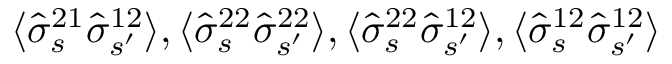
\langle \hat { \sigma } _ { s } ^ { 2 1 } \hat { \sigma } _ { s ^ { \prime } } ^ { 1 2 } \rangle , \langle \hat { \sigma } _ { s } ^ { 2 2 } \hat { \sigma } _ { s ^ { \prime } } ^ { 2 2 } \rangle , \langle \hat { \sigma } _ { s } ^ { 2 2 } \hat { \sigma } _ { s ^ { \prime } } ^ { 1 2 } \rangle , \langle \hat { \sigma } _ { s } ^ { 1 2 } \hat { \sigma } _ { s ^ { \prime } } ^ { 1 2 } \rangle